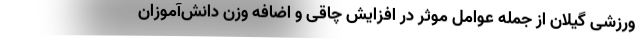
ورزشی گیلان از جمله عوامل موثر در افزایش چاقی و اضافه وزن دانش‌آموزان